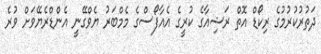
ދަތުރުކުރުމުގެ ރިކޯޑް އޮތް ރަޝިއާގެ ކުރީގެ އެއާފޯސްގެ މެމްބަރު ޔެވްގޭނީ އެންޑްރެޔޭވަށް ވުރެ